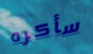
سأكره